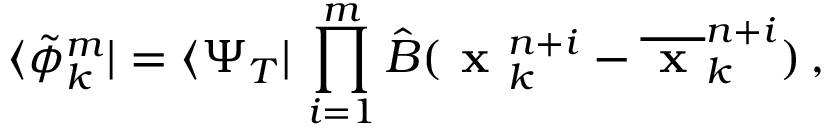
\langle \tilde { \phi } _ { k } ^ { m } | = \langle \Psi _ { T } | \, \prod _ { i = 1 } ^ { m } \hat { B } ( \textbf { x } _ { k } ^ { n + i } - \overline { { \textbf { x } } } _ { k } ^ { n + i } ) \, ,